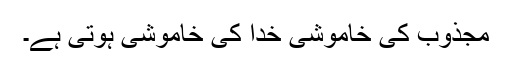
مجذوب کی خاموشی خدا کی خاموشی ہوتی ہے۔